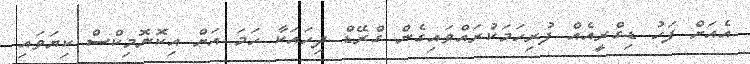
އެއަށް ފަހު ޑިގްރީއެއް ފުރިހަމަކުރައްވައިގެން ގްރޭޑް ދިހައަކާ ހަމަ އަށް އިކޮނޮމިކްސް ކިޔަވައި